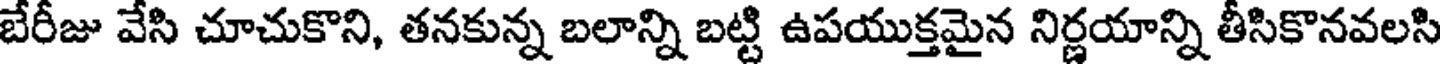
బేరీజు వేసి చూచుకొని, తనకున్న బలాన్ని బట్టి ఉపయుక్తమైన నిర్ణయాన్ని తీసికొనవలసి